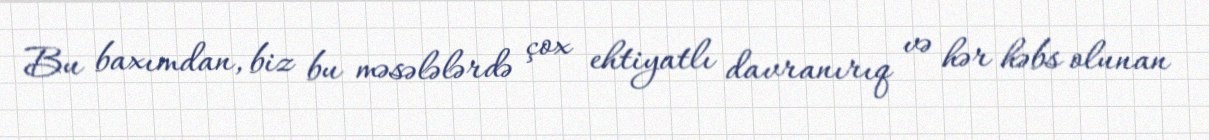
Bu baxımdan, biz bu məsələlərdə çox ehtiyatlı davranırıq və hər həbs olunan